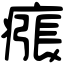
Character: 瘬